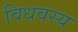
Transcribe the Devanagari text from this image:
विधवस्य